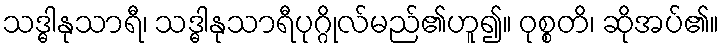
သဒ္ဓါနုသာရီ၊ သဒ္ဓါနုသာရီပုဂ္ဂိုလ်မည်၏ဟူ၍။ ဝုစ္စတိ၊ ဆိုအပ်၏။